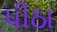
પીઠા